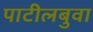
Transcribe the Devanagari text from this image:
पाटीलबुवा